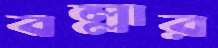
বল্লার